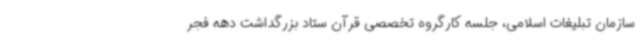
سازمان تبلیغات اسلامی، جلسه کارگروه تخصصی قرآن ستاد بزرگداشت دهه فجر